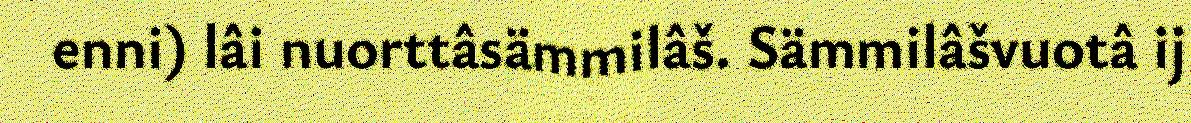
enni) lâi nuorttâsämmilâš. Sämmilâšvuotâ ij